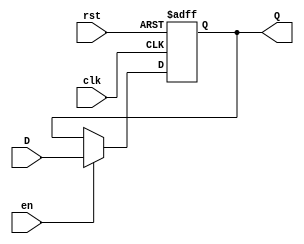
module InputRegister #(
    parameter WIDTH = 8  // Parameter to define the bit width of the register
)(
    input wire clk,       // Clock signal
    input wire rst,       // Reset signal (active high)
    input wire en,        // Enable signal (active high)
    input wire [WIDTH-1:0] D, // Input data lines
    output reg [WIDTH-1:0] Q  // Output data lines
);

// Synchronous reset and data capture
always @(posedge clk or posedge rst) begin
    if (rst) begin
        Q <= {WIDTH{1'b0}}; // Initialize register to zero on reset
    end else if (en) begin
        Q <= D; // Capture input data on clock edge if enabled
    end
end

endmodule